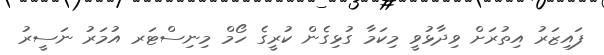
ފައިޒަރު އިތުރަށް ވިދާޅުވީ މިކަމާ ގުޅިގެން ކުރީގެ ހޯމް މިނިސްޓަރ އުމަރު ނަސީރު